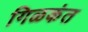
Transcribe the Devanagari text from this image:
गिळकंत